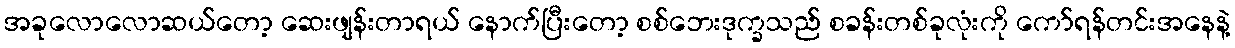
အခုလောလောဆယ်တော့ ဆေးဖျန်းတာရယ် နောက်ပြီးတော့ စစ်ဘေးဒုက္ခသည် စခန်းတစ်ခုလုံးကို ကော်ရန်တင်းအနေနဲ့